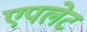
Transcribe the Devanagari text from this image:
एपलेट